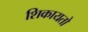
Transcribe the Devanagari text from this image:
शिकायतो